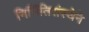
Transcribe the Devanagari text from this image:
निर्मितिसंस्थेने